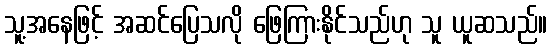
သူ့အနေဖြင့် အဆင်ပြေသလို ဖြေကြားနိုင်သည်ဟု သူ ယူဆသည်။